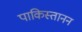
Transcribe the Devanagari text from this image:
पाकिस्तानन